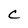
Character: C